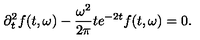
\partial _ { t } ^ { 2 } f ( t , \omega ) - \frac { \omega ^ { 2 } } { 2 \pi } t e ^ { - 2 t } f ( t , \omega ) = 0 .